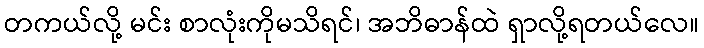
တကယ်လို့ မင်း စာလုံးကိုမသိရင်၊ အဘိဓာန်ထဲ ရှာလို့ရတယ်လေ။